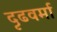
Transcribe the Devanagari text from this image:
दृढवर्मा